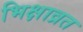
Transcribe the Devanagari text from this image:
भिक्षाव्रत